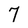
Character: 7